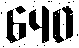
640